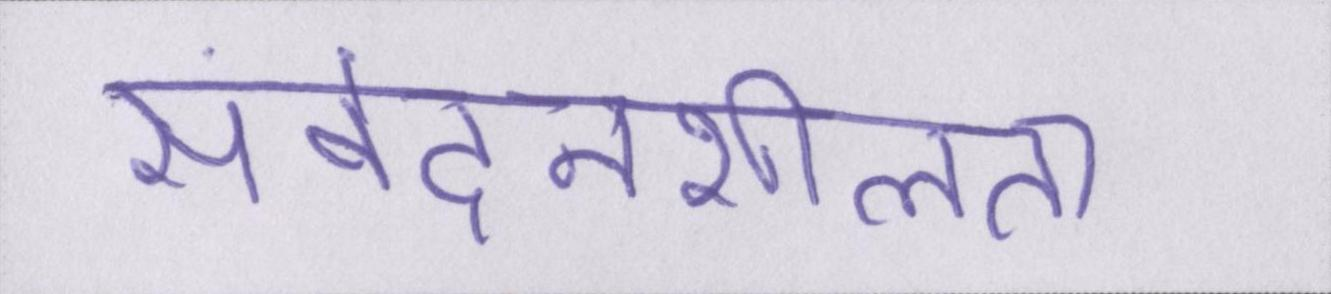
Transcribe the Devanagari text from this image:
संवेदनशीलता